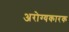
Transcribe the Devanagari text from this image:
अरोग्यकारक